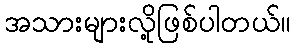
အသားများလို့ဖြစ်ပါတယ်။